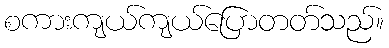
စကားကျယ်ကျယ်ပြောတတ်သည်။